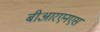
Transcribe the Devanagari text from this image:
बीआरएनएस